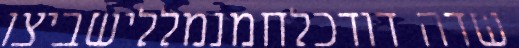
שדה דודכלחמנמללישביצו